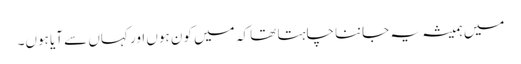
میں ہمیشہ یہ جاننا چاہتا تھا کہ میں کون ہوں اور کہاں سے آیا ہوں۔